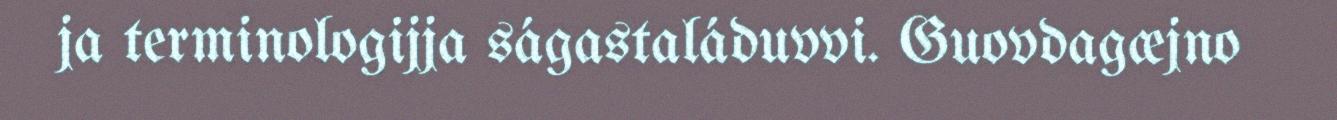
ja terminologijja ságastaláduvvi. Guovdagæjno